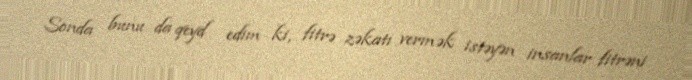
Sonda bunu da qeyd edim ki, fitrə zəkatı vermək istəyən insanlar fitrəni